Insane asylums Bombay 1873-77 - 1873-1877
Year: 1873
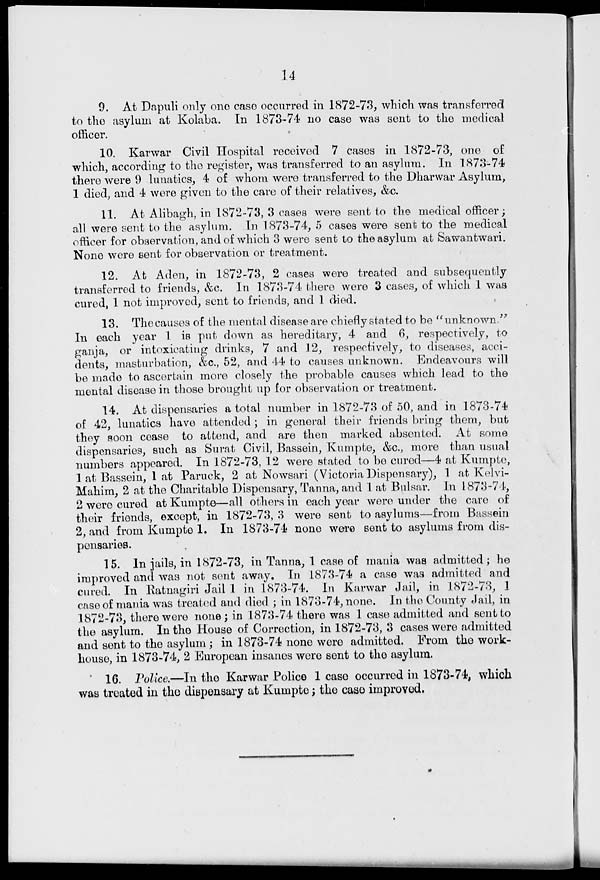
14
9. At Dapuli only one case occurred in 1872-73, which was transferred
to the asylum at Kolaba. In 1873-74 no case was sent to the medical
officer.
10. Karwar Civil Hospital received 7 cases in 1872-73, one of
which, according to the register, was transferred to an asylum. In 1873-74
there were 9 lunatics, 4 of whom were transferred to the Dharwar Asylum,
1 died, and 4 were given to the care of their relatives, &c.
11. At Alibagh, in 1872-73, 3 cases were sent to the medical officer;
all were sent to the asylum. In 1873-74, 5 cases were sent to the medical
officer for observation, and of which 3 were sent to the asylum at Sawantwari.
None were sent for observation or treatment.
12. At Aden, in 1872-73, 2 cases were treated and subsequently
transferred to friends, &c. In 1873-74 there were 3 cases, of which 1 was
cured, 1 not improved, sent to friends, and 1 died.
13. The causes of the mental disease are chiefly stated to be "unknown."
In each year 1 is put down as hereditary, 4 and 6, respectively, to
ganja, or intoxicating drinks, 7 and 12, respectively, to diseases, acci-
dents, masturbation, &c., 52, and 44 to causes unknown. Endeavours will
be made to ascertain more closely the probable causes which lead to the
mental disease in those brought up for observation or treatment.
14. At dispensaries a total number in 1872-73 of 50, and in 1873-74
of 42, lunatics have attended ; in general their friends bring them, but
they soon cease to attend, and are then marked absented. At some
dispensaries, such as Surat Civil, Bassein, Kumpte, &c., more than usual
numbers appeared. In 1872-73, 12 were stated to be cured—4 at Kumpte,
1 at Bassein, 1 at Paruck, 2 at Nowsari (Victoria Dispensary), 1 at Kelvi-
Mahim, 2 at the Charitable Dispensary, Tanna, and 1 at Bulsar. In 1873-74,
2 were cured at Kumpte—all others in each year were under the care of
their friends, except, in 1872-73, 3 were sent to asylums—from Bassein
2, and from Kumpte 1. In 1873-74 none were sent to asylums from dis-
pensaries.
15. In jails, in 1872-73, in Tanna, 1 case of mania was admitted; he
improved and was not sent away. In 1873-74 a case was admitted and
cured. In Ratnagiri Jail 1 in 1873-74. In Karwar Jail, in 1872-73, 1
case of mania was treated and died ; in 1873-74, none. In the County Jail, in
1872-73, there were none; in 1873-74 there was 1 case admitted and sent to
the asylum. In the House of Correction, in 1872-73, 3 cases were admitted
and sent to the asylum; in 1873-74 none were admitted. From the work-
house, in 1873-74, 2 European insanes were sent to the asylum.
16. Police.—In the Karwar Police 1 case occurred in 1873-74, which
was treated in the dispensary at Kumpte; the case improved.